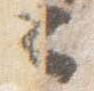
云